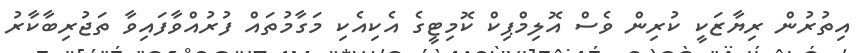
އިތުރުން ރިޔާޒަކީ ކުރިން ވެސް އޮލިމްޕިކް ކޮމިޓީގެ އެކިއެކި މަގާމުތައް ފުރުއްވާފައިވާ ތަޖުރިބާކާރު